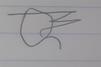
Signature authenticity: forged